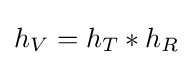
h_{V}=h_{T}*h_{R}